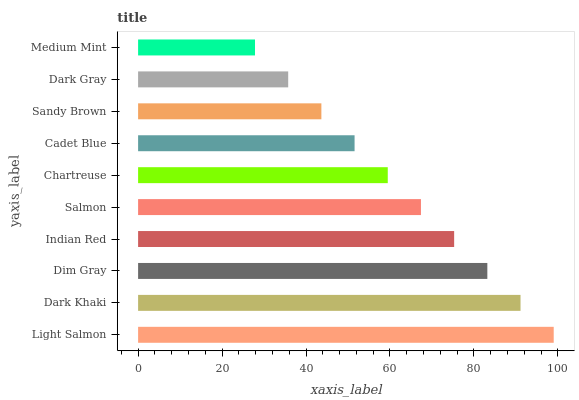
| yaxis_label | bars |
 | --- | --- |
 | Light Salmon | 99 |
 | Dark Khaki | 91.1 |
 | Dim Gray | 83.2 |
 | Indian Red | 75.3 |
 | Salmon | 67.4 |
 | Chartreuse | 59.5 |
 | Cadet Blue | 51.6 |
 | Sandy Brown | 43.7 |
 | Dark Gray | 35.8 |
 | Medium Mint | 27.8 |